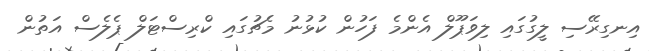
އިނގިރޭސި ލީގުގައި ލިވަޕޫލް އެންމެ ފަހުން ކުޅުނު މެޗުގައި ކްރިސްޓަލް ޕެލެސް އަތުން